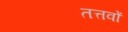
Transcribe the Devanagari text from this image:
तत्तवों